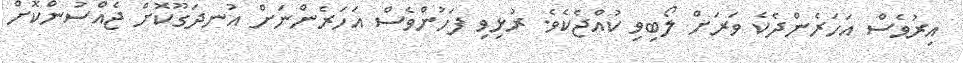
އިރުވެސް އަހަރެންދެކެ ވަރަށް ލޯބިވި ކުއްޖެކެވެ. ރުޅިވި ފަހުންވެސް އަހަރެންނަށް އުނދަގޫކޮށް ޖެއްސުންކޮށް